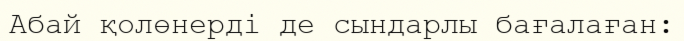
Абай қолөнерді де сындарлы бағалаған: